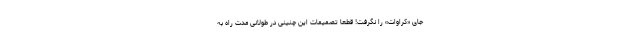
جای «کراوات» را نگرفت! قطعاً تصمیمات این چنینی در طولانی مدت راه به